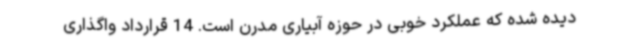
دیده شده که عملکرد خوبی در حوزه آبیاری مدرن است. 14 قرارداد واگذاری